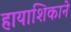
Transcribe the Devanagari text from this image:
हायाशिकाने